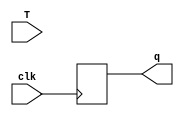
`timescale 1ns / 1ps
//////////////////////////////////////////////////////////////////////////////////
// Company: 
// Engineer: 
// 
// Design Name: 
// Module Name: T_flipflop
// Project Name: 
// Target Devices: 
// Tool Versions: 
// Description: 
// 
// Dependencies: 
// 
// Revision:
// Revision 0.01 - File Created
// Additional Comments:
// 
//////////////////////////////////////////////////////////////////////////////////
// Behavourial modelling
// input T, q and next state as output


module T_flipflop(q,clk,T);
 input T,clk; 
 output reg q;
 always @(posedge clk )
 begin
   case(T)
    1'bX:q=0; //for initial condition any value will  give output 0 after which it works properly. To avoid indeterminate state
    1'b0:q=q;
    1'b1:q=~q;
    endcase
   end
endmodule